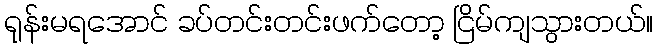
ရုန်းမရအောင် ခပ်တင်းတင်းဖက်တော့ ငြိမ်ကျသွားတယ်။